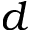
\boldsymbol d